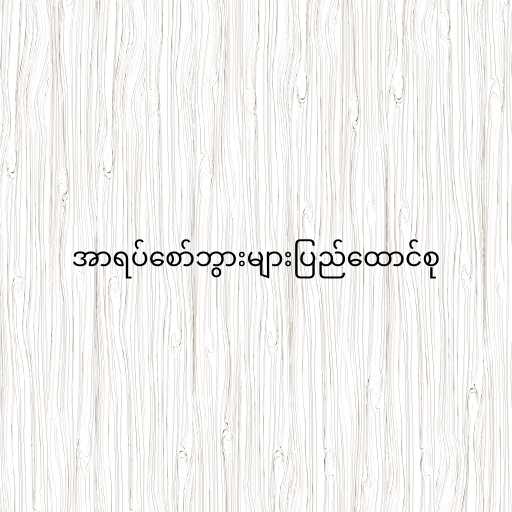
အာရပ်စော်ဘွားများပြည်ထောင်စု